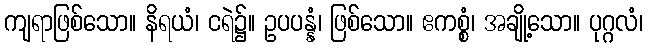
ကျရာဖြစ်သော။ နိရယံ၊ ငရဲ၌။ ဥပပန္နံ၊ ဖြစ်သော။ ဧကစ္စံ၊ အချို့သော။ ပုဂ္ဂလံ၊